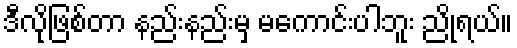
ဒီလိုဖြစ်တာ နည်းနည်းမှ မကောင်းပါဘူး ညိုရယ်။